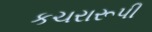
કચરારૂપી